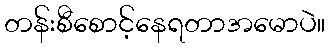
တန်းစီစောင့်နေရတာအမောပဲ။